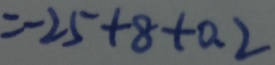
= - 2 5 + 8 + 0 . 2